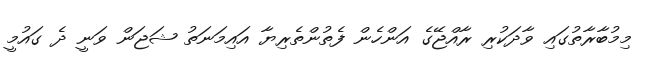
މިިމުބާރާތުގައި ވާދަކުރި ރާއްޖޭގެ އަންހެން ފެތުންތެރިޔާ އައިމަނަތު ޝަޖަން ވަނީ ދެ ގައުމީ